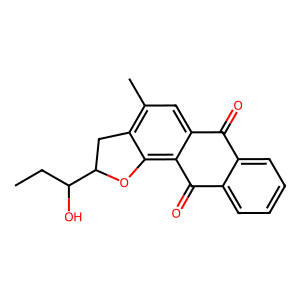
SMILES: CCC(O)C1Cc2c(C)cc3c(c2O1)C(=O)c1ccccc1C3=O
Inhibits HIV replication: No